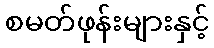
စမတ်ဖုန်းများနှင့်